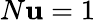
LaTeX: N\mathbf{u}=1